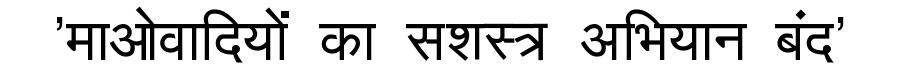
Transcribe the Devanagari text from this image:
'माओवादियों का सशस्त्र अभियान बंद'